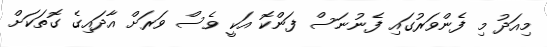
މިއަދު މި ފެންވަރުގައި ފެނުނަސް ފަންކޮ އަކީ ވެސް ވަރަށް އާދައިގެ ގޮތަކަށް